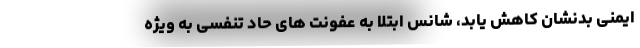
ایمنی بدنشان کاهش یابد، شانس ابتلا به عفونت های حاد تنفسی به ویژه